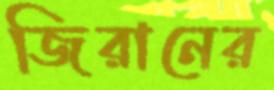
জিরানের